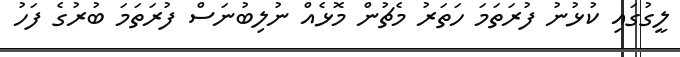
ލީގުގައި ކުޅުނު ފުރަތަމަ ހަތަރު މެޗުން މޮޅެއް ނުލިބުނަސް ފުރަތަމަ ބުރުގެ ފަހު